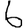
Digit: 6